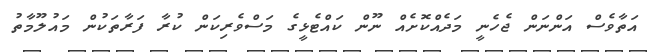
އަތާވެސް އަންނަން ޖެހެނީ މަދެއްކޮށެއް ނޫން ކައްޓެޅީގެ މަސްވެރިކަން ކުރާ ފަރާތަކުން މައުލޫމާތު